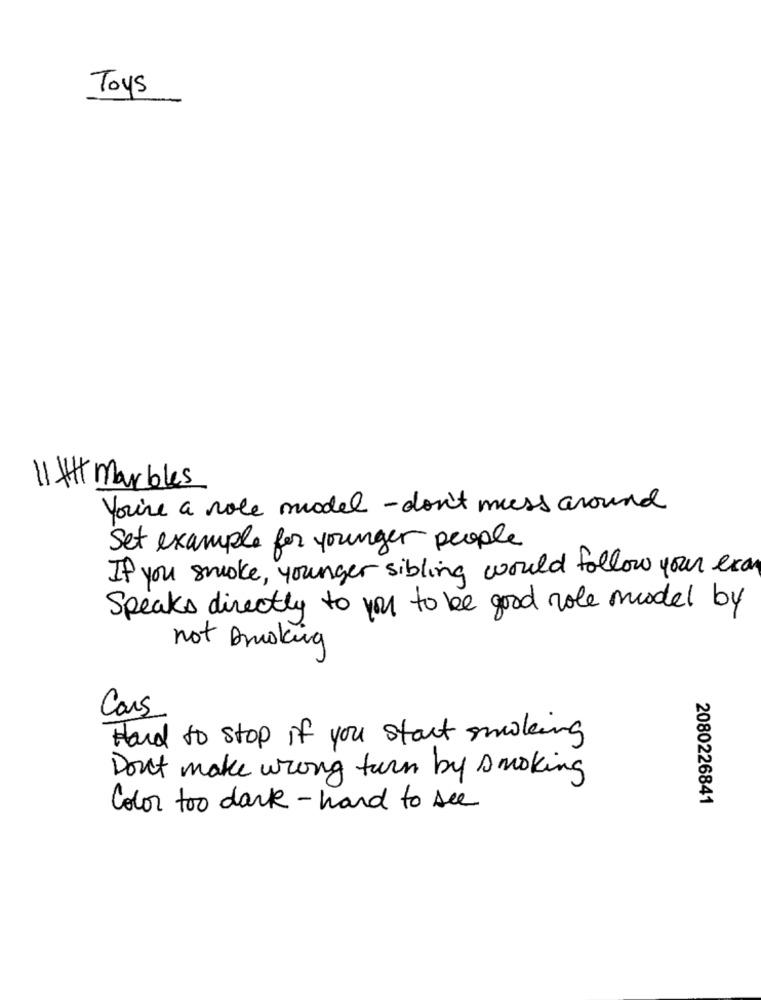
Toys
11 H marbles
You're a role model -don't mess around
Set example for younger people
If you smoke , younger sibling would follow your exam
Speaks directly to you to be good role model by
not smoking
Cars
Hard to stop if you start smoking
Don't make wrong turn by smoking
2080226841
Color too dark - hard to see